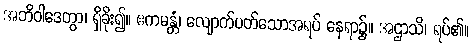
အဘိဝါဒေတွာ၊ ရှိခိုး၍။ ဧကမန္တံ၊ လျောက်ပတ်သောအရပ် နေရာ၌။ အဌာသိ၊ ရပ်၏။